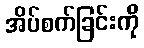
အိပ်စက်ခြင်းကို